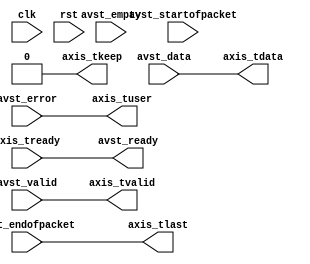
module avst2axis #(
    parameter DATA_WIDTH = 8,
    parameter KEEP_WIDTH = (DATA_WIDTH/8),
    parameter KEEP_ENABLE = (DATA_WIDTH>8),
    parameter EMPTY_WIDTH = $clog2(KEEP_WIDTH),
    parameter BYTE_REVERSE = 0
)
(
    input  wire                    clk,
    input  wire                    rst,

    output wire                    avst_ready,
    input  wire                    avst_valid,
    input  wire [DATA_WIDTH-1:0]   avst_data,
    input  wire                    avst_startofpacket,
    input  wire                    avst_endofpacket,
    input  wire [EMPTY_WIDTH-1:0]  avst_empty,
    input  wire                    avst_error,

    output wire [DATA_WIDTH-1:0]   axis_tdata,
    output wire [KEEP_WIDTH-1:0]   axis_tkeep,
    output wire                    axis_tvalid,
    input  wire                    axis_tready,
    output wire                    axis_tlast,
    output wire                    axis_tuser
);

parameter BYTE_WIDTH = KEEP_ENABLE ? DATA_WIDTH / KEEP_WIDTH : DATA_WIDTH;

assign avst_ready = axis_tready;

generate

genvar n;

if (BYTE_REVERSE) begin : rev
    for (n = 0; n < KEEP_WIDTH; n = n + 1) begin
        assign axis_tdata[n*BYTE_WIDTH +: BYTE_WIDTH] = avst_data[(KEEP_WIDTH-n-1)*BYTE_WIDTH +: BYTE_WIDTH];
    end
end else begin
    assign axis_tdata = avst_data;
end

endgenerate

assign axis_tkeep = KEEP_ENABLE ? {KEEP_WIDTH{1'b1}} >> avst_empty : 0;

assign axis_tvalid = avst_valid;
assign axis_tlast = avst_endofpacket;
assign axis_tuser = avst_error;

endmodule